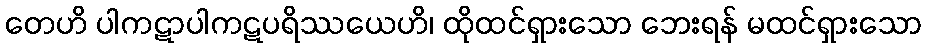
တေဟိ ပါကဋာပါကဋပရိဿယေဟိ၊ ထိုထင်ရှားသော ဘေးရန် မထင်ရှားသော